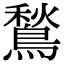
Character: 鶖